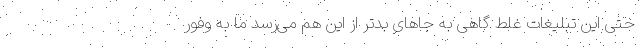
حتی این تبلیغات غلط گاهی به جاهای بدتر از این هم می‌رسد ما به وفور